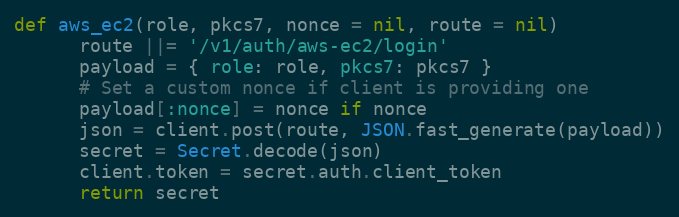
Language: Ruby
def aws_ec2(role, pkcs7, nonce = nil, route = nil)
      route ||= '/v1/auth/aws-ec2/login'
      payload = { role: role, pkcs7: pkcs7 }
      # Set a custom nonce if client is providing one
      payload[:nonce] = nonce if nonce
      json = client.post(route, JSON.fast_generate(payload))
      secret = Secret.decode(json)
      client.token = secret.auth.client_token
      return secret